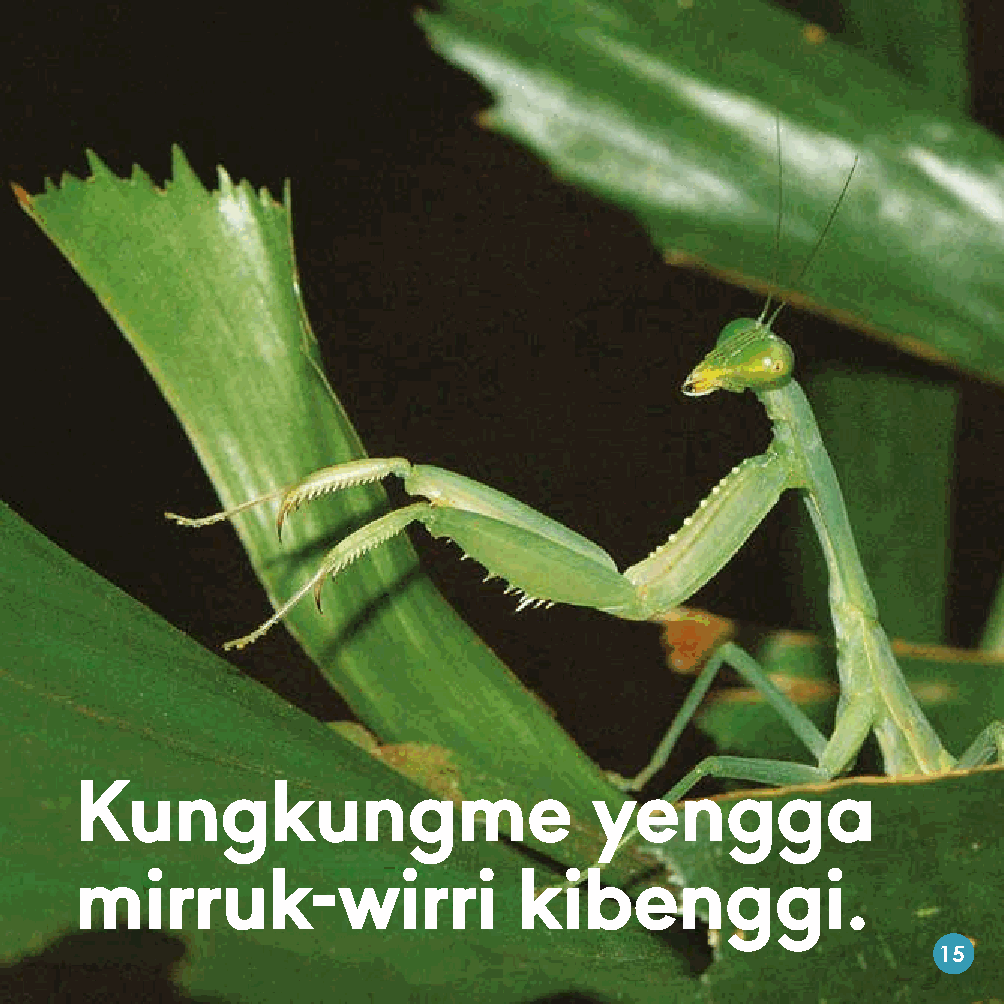
Kungkungme                        yengga
 mirruk-wirri                 kibenggi.
 15